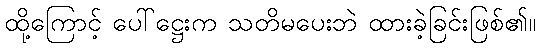
ထို့ကြောင့် ပေါ်ဋ္ဌေးက သတိမပေးဘဲ ထားခဲ့ခြင်းဖြစ်၏။